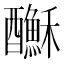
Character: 𨣺